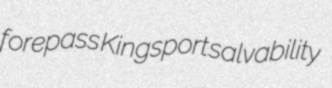
forepass Kingsport salvability